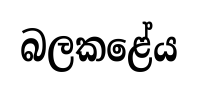
බලකළේය